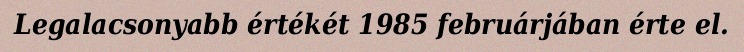
Legalacsonyabb értékét 1985 februárjában érte el.